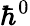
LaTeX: \hbar^{0}